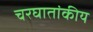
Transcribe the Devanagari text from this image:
चरघातांकीय